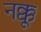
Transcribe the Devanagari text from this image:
नक्कू